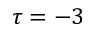
\tau = - 3